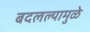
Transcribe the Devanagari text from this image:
बदलल्यामुळे